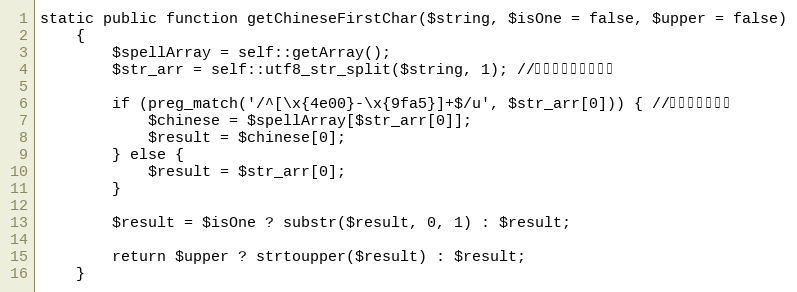
Language: PHP
static public function getChineseFirstChar($string, $isOne = false, $upper = false)
    {
        $spellArray = self::getArray();
        $str_arr = self::utf8_str_split($string, 1); //将字符串拆分成数组

        if (preg_match('/^[\x{4e00}-\x{9fa5}]+$/u', $str_arr[0])) { //判断是否是汉字
            $chinese = $spellArray[$str_arr[0]];
            $result = $chinese[0];
        } else {
            $result = $str_arr[0];
        }

        $result = $isOne ? substr($result, 0, 1) : $result;

        return $upper ? strtoupper($result) : $result;
    }